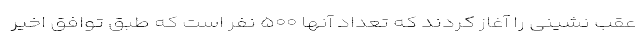
عقب نشینی را آغاز کردند که تعداد آنها ۵۰۰ نفر است که طبق توافق اخیر